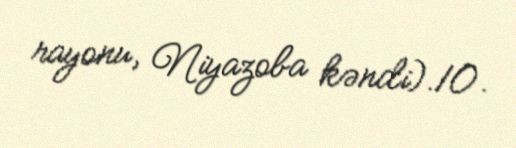
rayonu, Niyazoba kəndi).10.